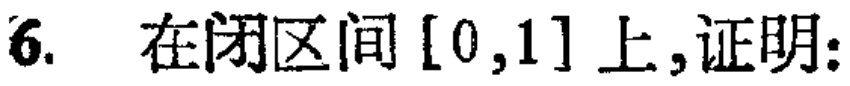
6. 在闭区间$[0,1]$上,证明: